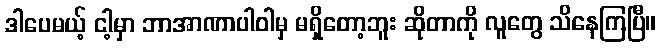
ဒါပေမယ့် ငါ့မှာ ဘာအာဏာပါဝါမှ မရှိတော့ဘူး ဆိုတာကို လူတွေ သိနေကြပြီ။